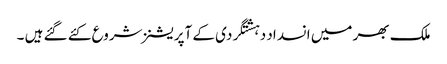
ملک بھر میں انسداد دہشتگردی کے آپریشنز شروع کئے گئے ہیں ۔